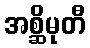
အစ္ဆိမုတီ